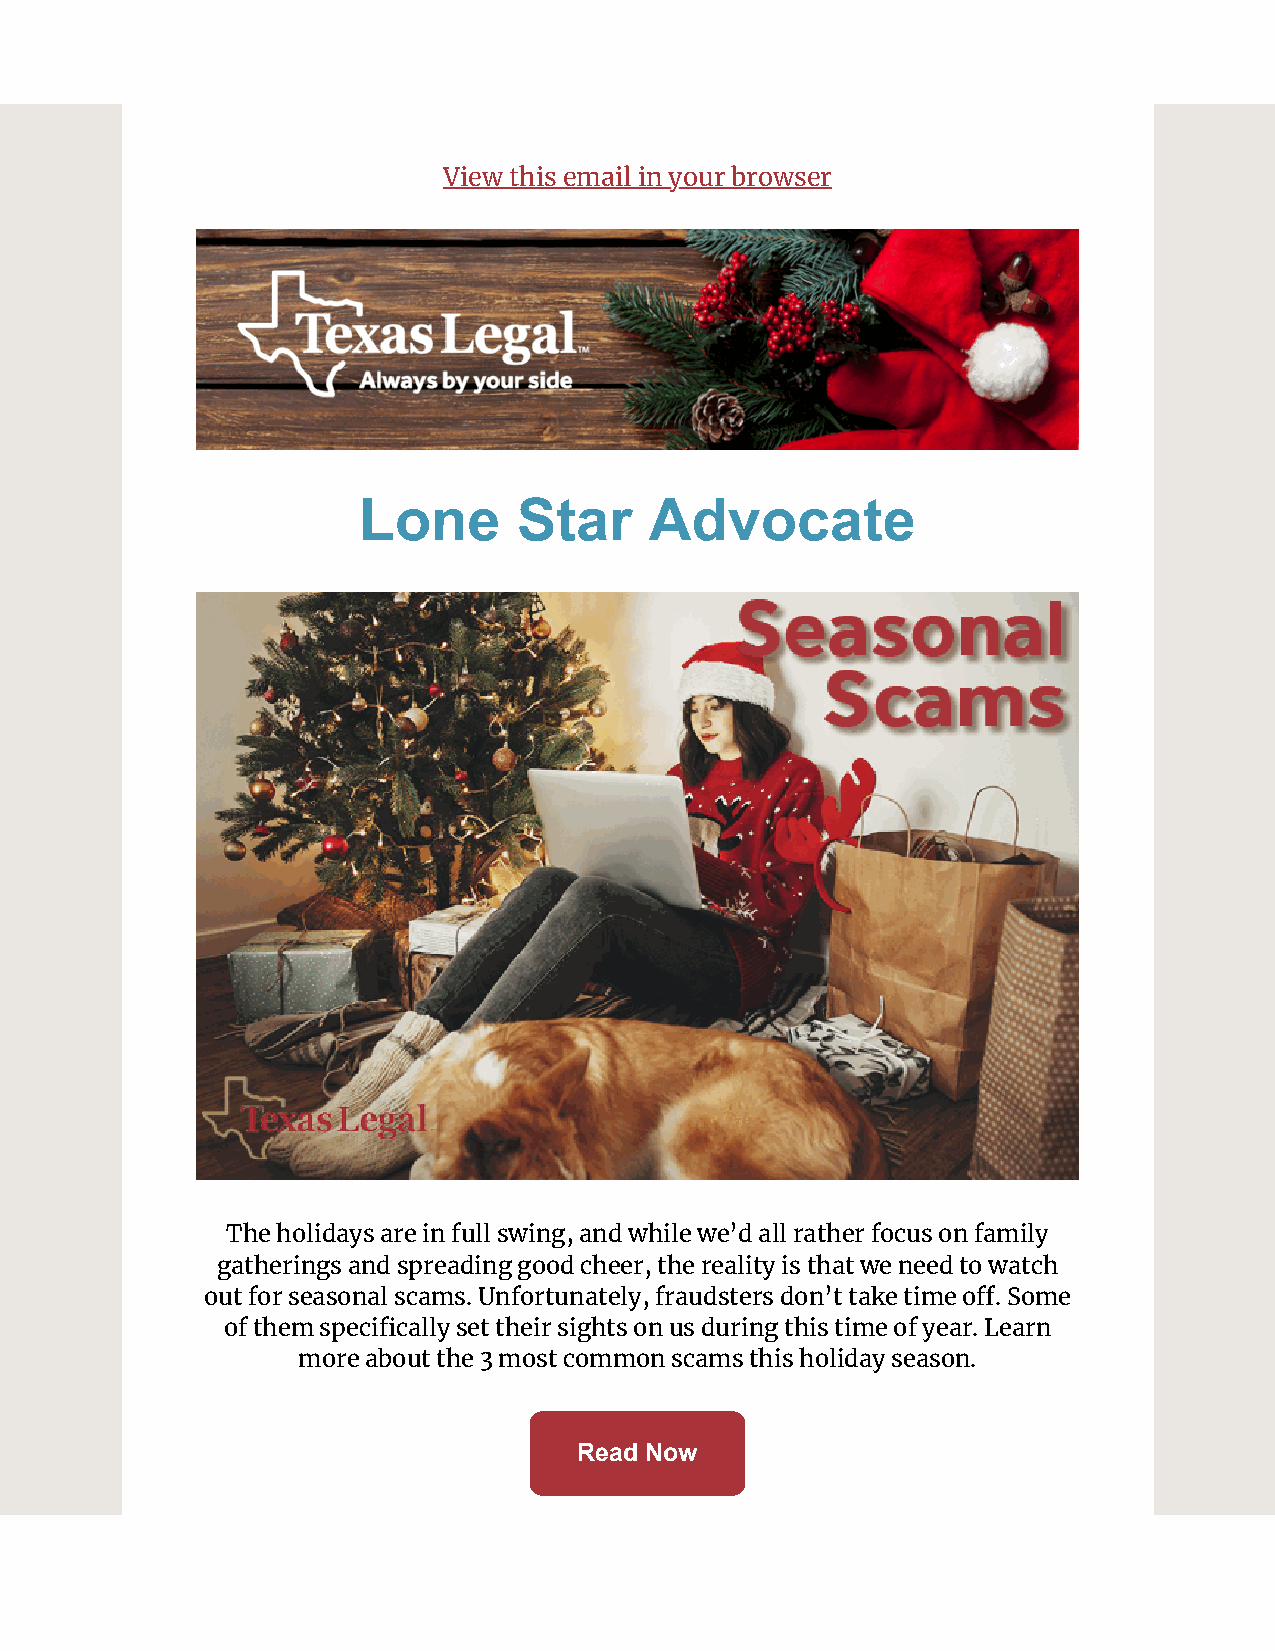
View this email in your browser
 Lone      Star     Advocate
 The holidays are in full swing, and while we’d all rather focus on family
 gatherings and spreading good cheer, the reality is that we need to watch
 out for seasonal scams. Unfortunately, fraudsters don’t take time o. Some
 of them specically set their sights on us during this time of year. Learn
 more about the 3 most common scams this holiday season.
 Read Now